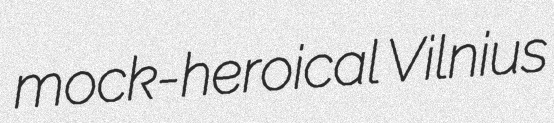
mock-heroical Vilnius